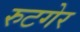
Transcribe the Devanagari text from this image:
रुटगेर